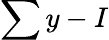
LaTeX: \sum y-I